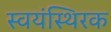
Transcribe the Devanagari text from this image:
स्वयंस्थिरक